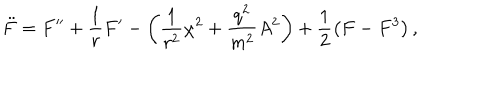
\ddot { F } = F ^ { \prime \prime } + \frac { 1 } { r } F ^ { \prime } - \left( \frac { 1 } { r ^ { 2 } } \chi ^ { 2 } + \frac { q ^ { 2 } } { m ^ { 2 } } A ^ { 2 } \right) + \frac { 1 } { 2 } \left( F - F ^ { 3 } \right) ,